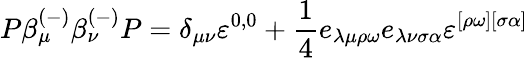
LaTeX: P\beta_{\mu}^{(-)}\beta_{\nu}^{(-)}P=\delta_{\mu\nu}\varepsilon^{0,0}+\frac 14e_{\lambda\mu\rho\omega}e_{\lambda\nu\sigma\alpha}\varepsilon^{[\rho\omega][\sigma\alpha]}